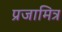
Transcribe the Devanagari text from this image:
प्रजामित्र